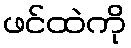
ဖင်ထဲကို